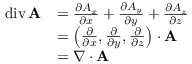
{ \begin{array} { r l } { \operatorname { d i v } \mathbf { A } } & { = { \frac { \partial A _ { x } } { \partial x } } + { \frac { \partial A _ { y } } { \partial y } } + { \frac { \partial A _ { z } } { \partial z } } } \\ & { = \left( { \frac { \partial } { \partial x } } , { \frac { \partial } { \partial y } } , { \frac { \partial } { \partial z } } \right) \cdot \mathbf { A } } \\ & { = \nabla \cdot \mathbf { A } } \end{array} }